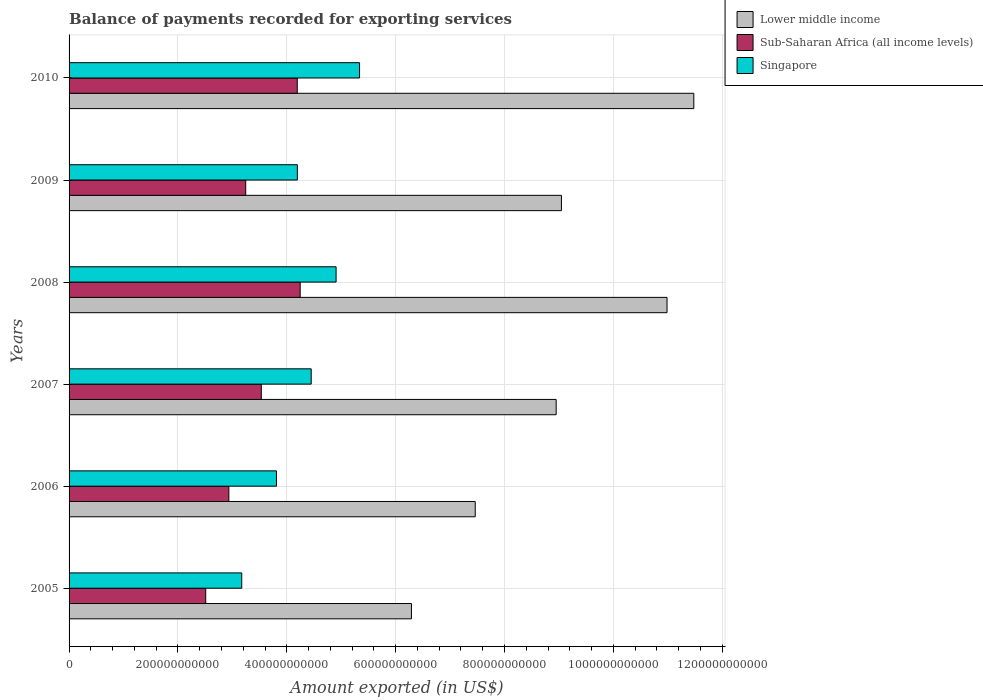
| Years | Lower middle income | Sub-Saharan Africa (all income levels) | Singapore |
 | --- | --- | --- | --- |
 | 2005 | 6.29e+11 | 2.51e+11 | 3.17e+11 |
 | 2006 | 7.46e+11 | 2.94e+11 | 3.81e+11 |
 | 2007 | 8.95e+11 | 3.53e+11 | 4.45e+11 |
 | 2008 | 1.1e+12 | 4.25e+11 | 4.91e+11 |
 | 2009 | 9.05e+11 | 3.25e+11 | 4.19e+11 |
 | 2010 | 1.15e+12 | 4.19e+11 | 5.34e+11 |